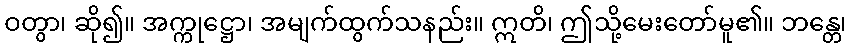
ဝတွာ၊ ဆို၍။ အက္ကုဋ္ဌော၊ အမျက်ထွက်သနည်း။ ဣတိ၊ ဤသို့မေးတော်မူ၏။ ဘန္တေ၊